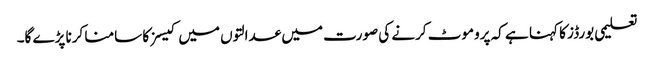
تعلیمی بورڈز کا کہنا ہے کہ پروموٹ کرنے کی صورت میں عدالتوں میں کیسز کا سامنا کرنا پڑے گا۔